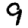
Digit: 9